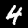
Digit: 4